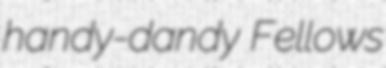
handy-dandy Fellows